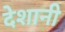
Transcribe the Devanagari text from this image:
देशानी